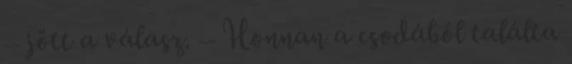
– jött a válasz. – Honnan a csodából találta